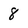
Character: 8